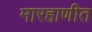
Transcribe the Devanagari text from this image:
मारहाणीत